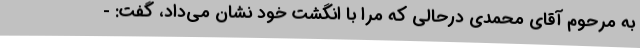
به مرحوم آقای محمدی درحالی که مرا با انگشت خود نشان می‌داد، گفت: -